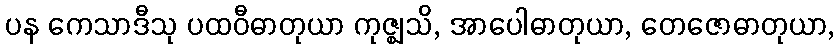
ပန ကေသာဒီသု ပထဝီဓာတုယာ ကုဇ္ဈသိ, အာပေါဓာတုယာ, တေဇောဓာတုယာ,